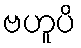
ဗဟူပိ